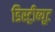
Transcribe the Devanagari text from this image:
डिस्ट्रीब्यूट